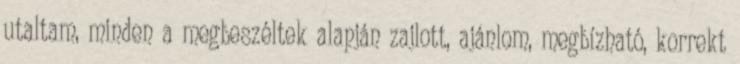
utaltam, minden a megbeszéltek alapján zajlott, ajánlom, megbízható, korrekt